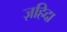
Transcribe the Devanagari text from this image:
ज़हिदा